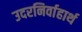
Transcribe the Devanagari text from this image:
उदरनिर्वाहार्थ